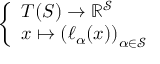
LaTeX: \left\{ \begin{array} { l l } { T ( S ) \to \mathbb { R } ^ { \mathcal { S } } } \\ { x \mapsto \left( \ell _ { \alpha } ( x ) \right) _ { \alpha \in { \mathcal { S } } } } \end{array} \right.